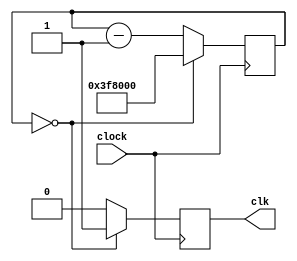
module clock(input clock, output clk);

	reg [22:0] frame_counter;
	reg frame;

	always@(posedge clock)
	begin
		if (frame_counter == 23'b0) begin
			frame_counter = 23'b01111111000000000000000;
			frame = 1'b1;
		end
  	else begin
			frame_counter = frame_counter - 1'b1;
			frame = 1'b0;
		end
	end

	assign clk = frame;

endmodule